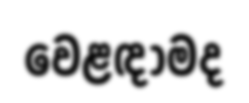
වෙළඳාමද